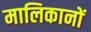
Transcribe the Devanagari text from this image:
मालिकानों